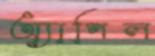
অ্যাপিল